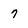
Character: 7